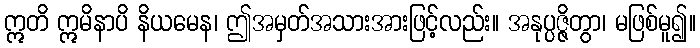
ဣတိ ဣမိနာပိ နိယမေန၊ ဤအမှတ်အသားအားဖြင့်လည်း။ အနုပ္ပဇ္ဇိတွာ၊ မဖြစ်မူ၍။